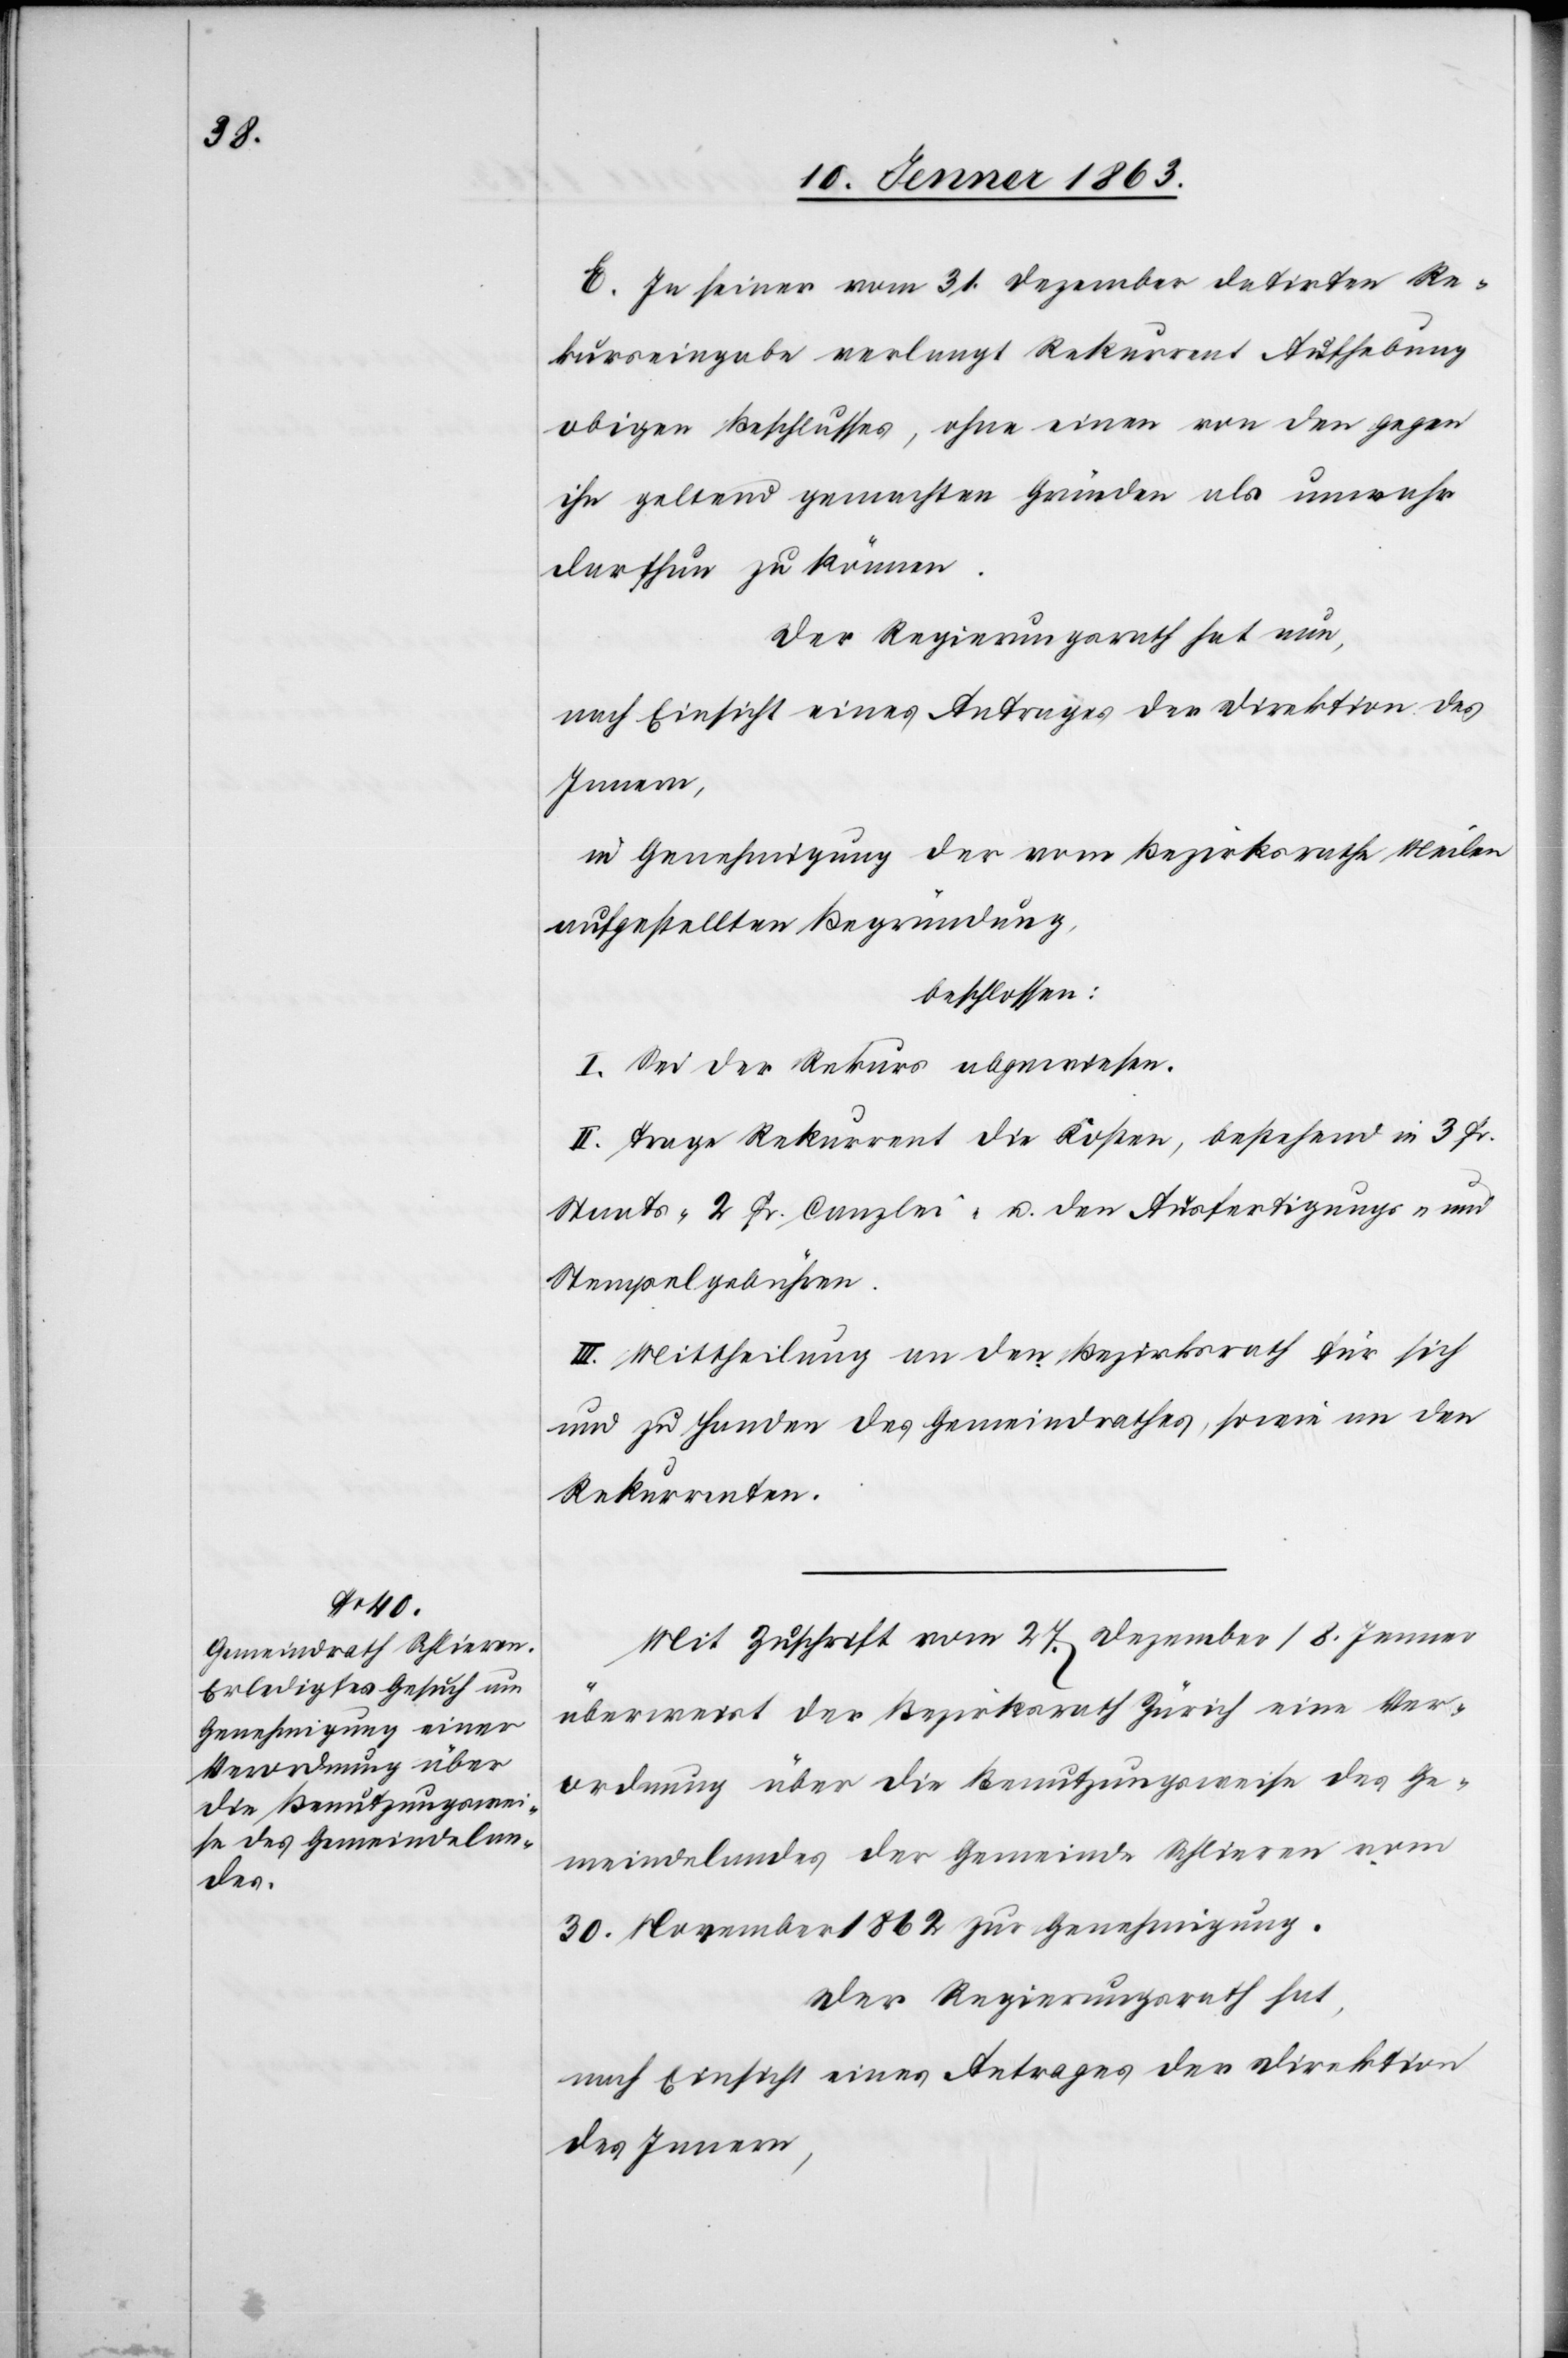
E. In seiner vom 31. Dezember datirten Re¬
kurseingabe verlangt Rekurrent Aufhebung
obigen Beschlusses, ohne einen von den gegen
ihn geltend gemachten Gründen als unwahr
darthun zu können.
Der Regierungsrath hat nun,
nach Einsicht eines Antrages der Direktion des
Innern,
in Genehmigung der vom Bezirksrathe Meilen
aufgestellten Begründung,
beschlossen:
I. Sei der Rekurs abgewiesen.
II. Trage Rekurrent die Kosten, bestehend in 3 Fr.
Staats-[,] 2 Fr. Canzlei- u. den Ausfertigungs- und
Stempelgebühren.
III. Mittheilung an den Bezirksrath für sich
und zu Handen des Gemeindrathes, sowie an den
Rekurrenten.
Mit Zuschrift vom 27. Dezember/8. Jenner
überweist der Bezirksrath Zürich eine Ver¬
ordnung über die Benutzungsweise des Ge¬
meindelandes der Gemeinde Schlieren vom
30. November 1862 zur Genehmigung.
Der Regierungsrath hat,